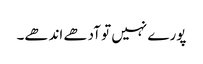
پورے نہیں تو آدھے اندھے۔